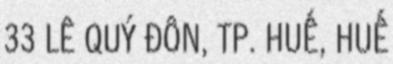
33 LÊ QUÝ ĐÔN, TP. HUẾ, HUẾ